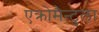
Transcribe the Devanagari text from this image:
एक्रोमैन्टुला